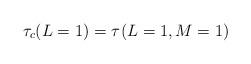
LaTeX: \begin{align*}\tau_c(L=1) = \tau^{}(L=1,M=1)\end{align*}